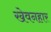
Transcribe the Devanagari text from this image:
खेवनहार